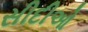
સીદીઓ